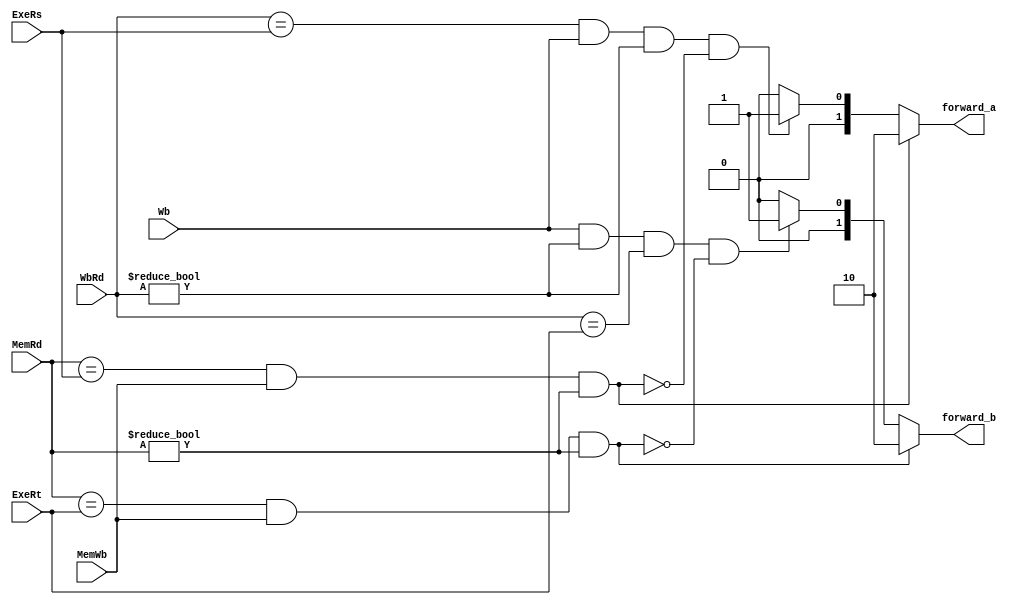
module forward(
               MemRd,
					WbRd,
					ExeRs,
					ExeRt,
					MemWb,
					Wb,
					forward_a,
					forward_b
               );	   
			
//I/O ports               
input   [4:0] MemRd;       
input   [4:0] ExeRt;
input   [4:0] WbRd;
input   [4:0] ExeRs;
input	MemWb;
input Wb;
output reg [1:0] forward_a; 
output reg [1:0] forward_b;

//Main function
always@(*)begin
	if((MemRd==ExeRs)&&(MemWb)&&(MemRd!=0)) forward_a <=2'b10;
	else if((WbRd==ExeRs)&&(Wb)&&(WbRd!=0)&&!((MemRd==ExeRs)&&(MemWb)&&(MemRd!=0))) forward_a <=2'b01;
	else forward_a <=2'b00;
end

always@(*)begin
	if((MemRd==ExeRt)&&(MemWb)&&(MemRd!=0)) forward_b <=2'b10;
	else if((Wb)&&(WbRd!=0)&&(WbRd==ExeRt)&&!((MemRd==ExeRt)&&(MemWb)&&(MemRd!=0))) forward_b <=2'b01;
	else forward_b <=2'b00;
end

endmodule